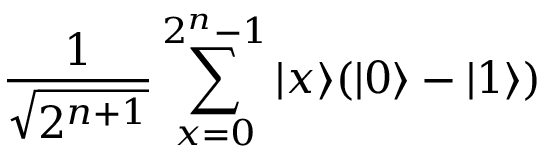
{ \frac { 1 } { \sqrt { 2 ^ { n + 1 } } } } \sum _ { x = 0 } ^ { 2 ^ { n } - 1 } | x \rangle ( | 0 \rangle - | 1 \rangle )